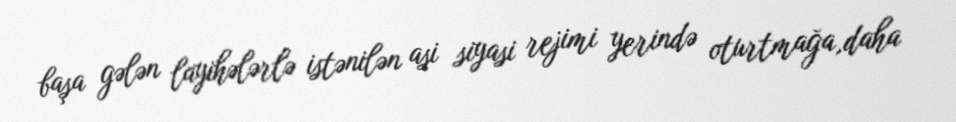
başa gələn layihələrlə istənilən asi siyasi rejimi yerində oturtmağa,daha